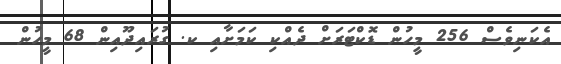
އެކަނިވެސް 256 މީހުން ޑޮކްޓަރަށް ދެއްކި ކަމަށާއި ކ. ގުރައިދޫއިން 68 މީހުން